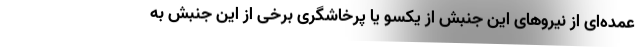
عمده‌ای از نیروهای این جنبش از یکسو یا پرخاشگری برخی از این جنبش به